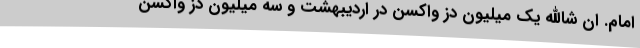
امام. ان شاالله یک میلیون دز واکسن در اردیبهشت و سه میلیون دز واکسن